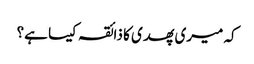
کہ میری پھدی کا ذائقہ کیسا ہے؟